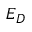
E _ { D }